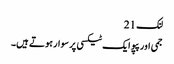
لنک 21
جمی اور پپو ایک ٹیکسی پر سوار ہوتے ہیں۔